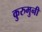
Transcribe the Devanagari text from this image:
कुरुमुनी